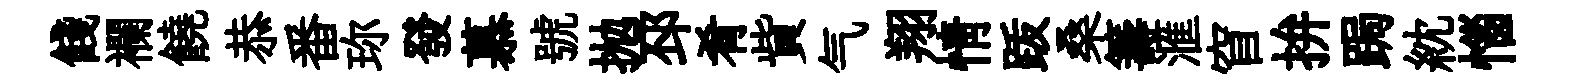
餞襴饒恭番珎發慕號抛邳肴貲气翔情䟦桑籌滙窅拚跼紞惱